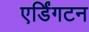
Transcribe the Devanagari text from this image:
एर्डिंगटन